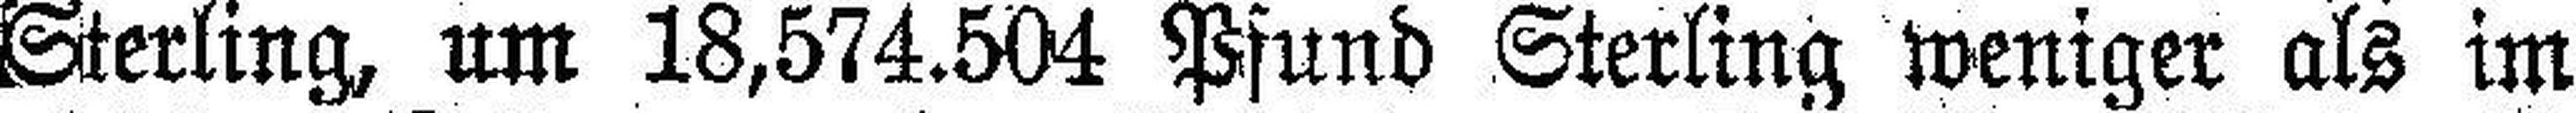
Sterling, um 18,574.504 Pfund Sterling weniger als im